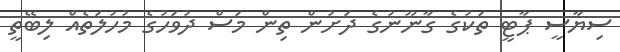
ސިޔާސީ ޕާޓީ ތަކުގެ ގާނޫނުގެ ދަށުން ތިން މަސް ދުވަހުގެ މުހުލަތެއް ލިބޭތީ